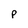
Character: p